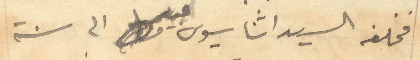
فخلفه السيد اثناسيوس عبيد الى سنة